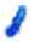
אות: י